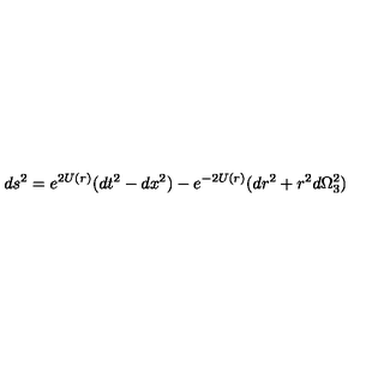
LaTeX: d s ^ { 2 } = e ^ { 2 U ( r ) } ( d t ^ { 2 } - d x ^ { 2 } ) - e ^ { - 2 U ( r ) } ( d r ^ { 2 } + r ^ { 2 } d \Omega _ { 3 } ^ { 2 } )